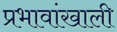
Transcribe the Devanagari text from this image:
प्रभावांखाली